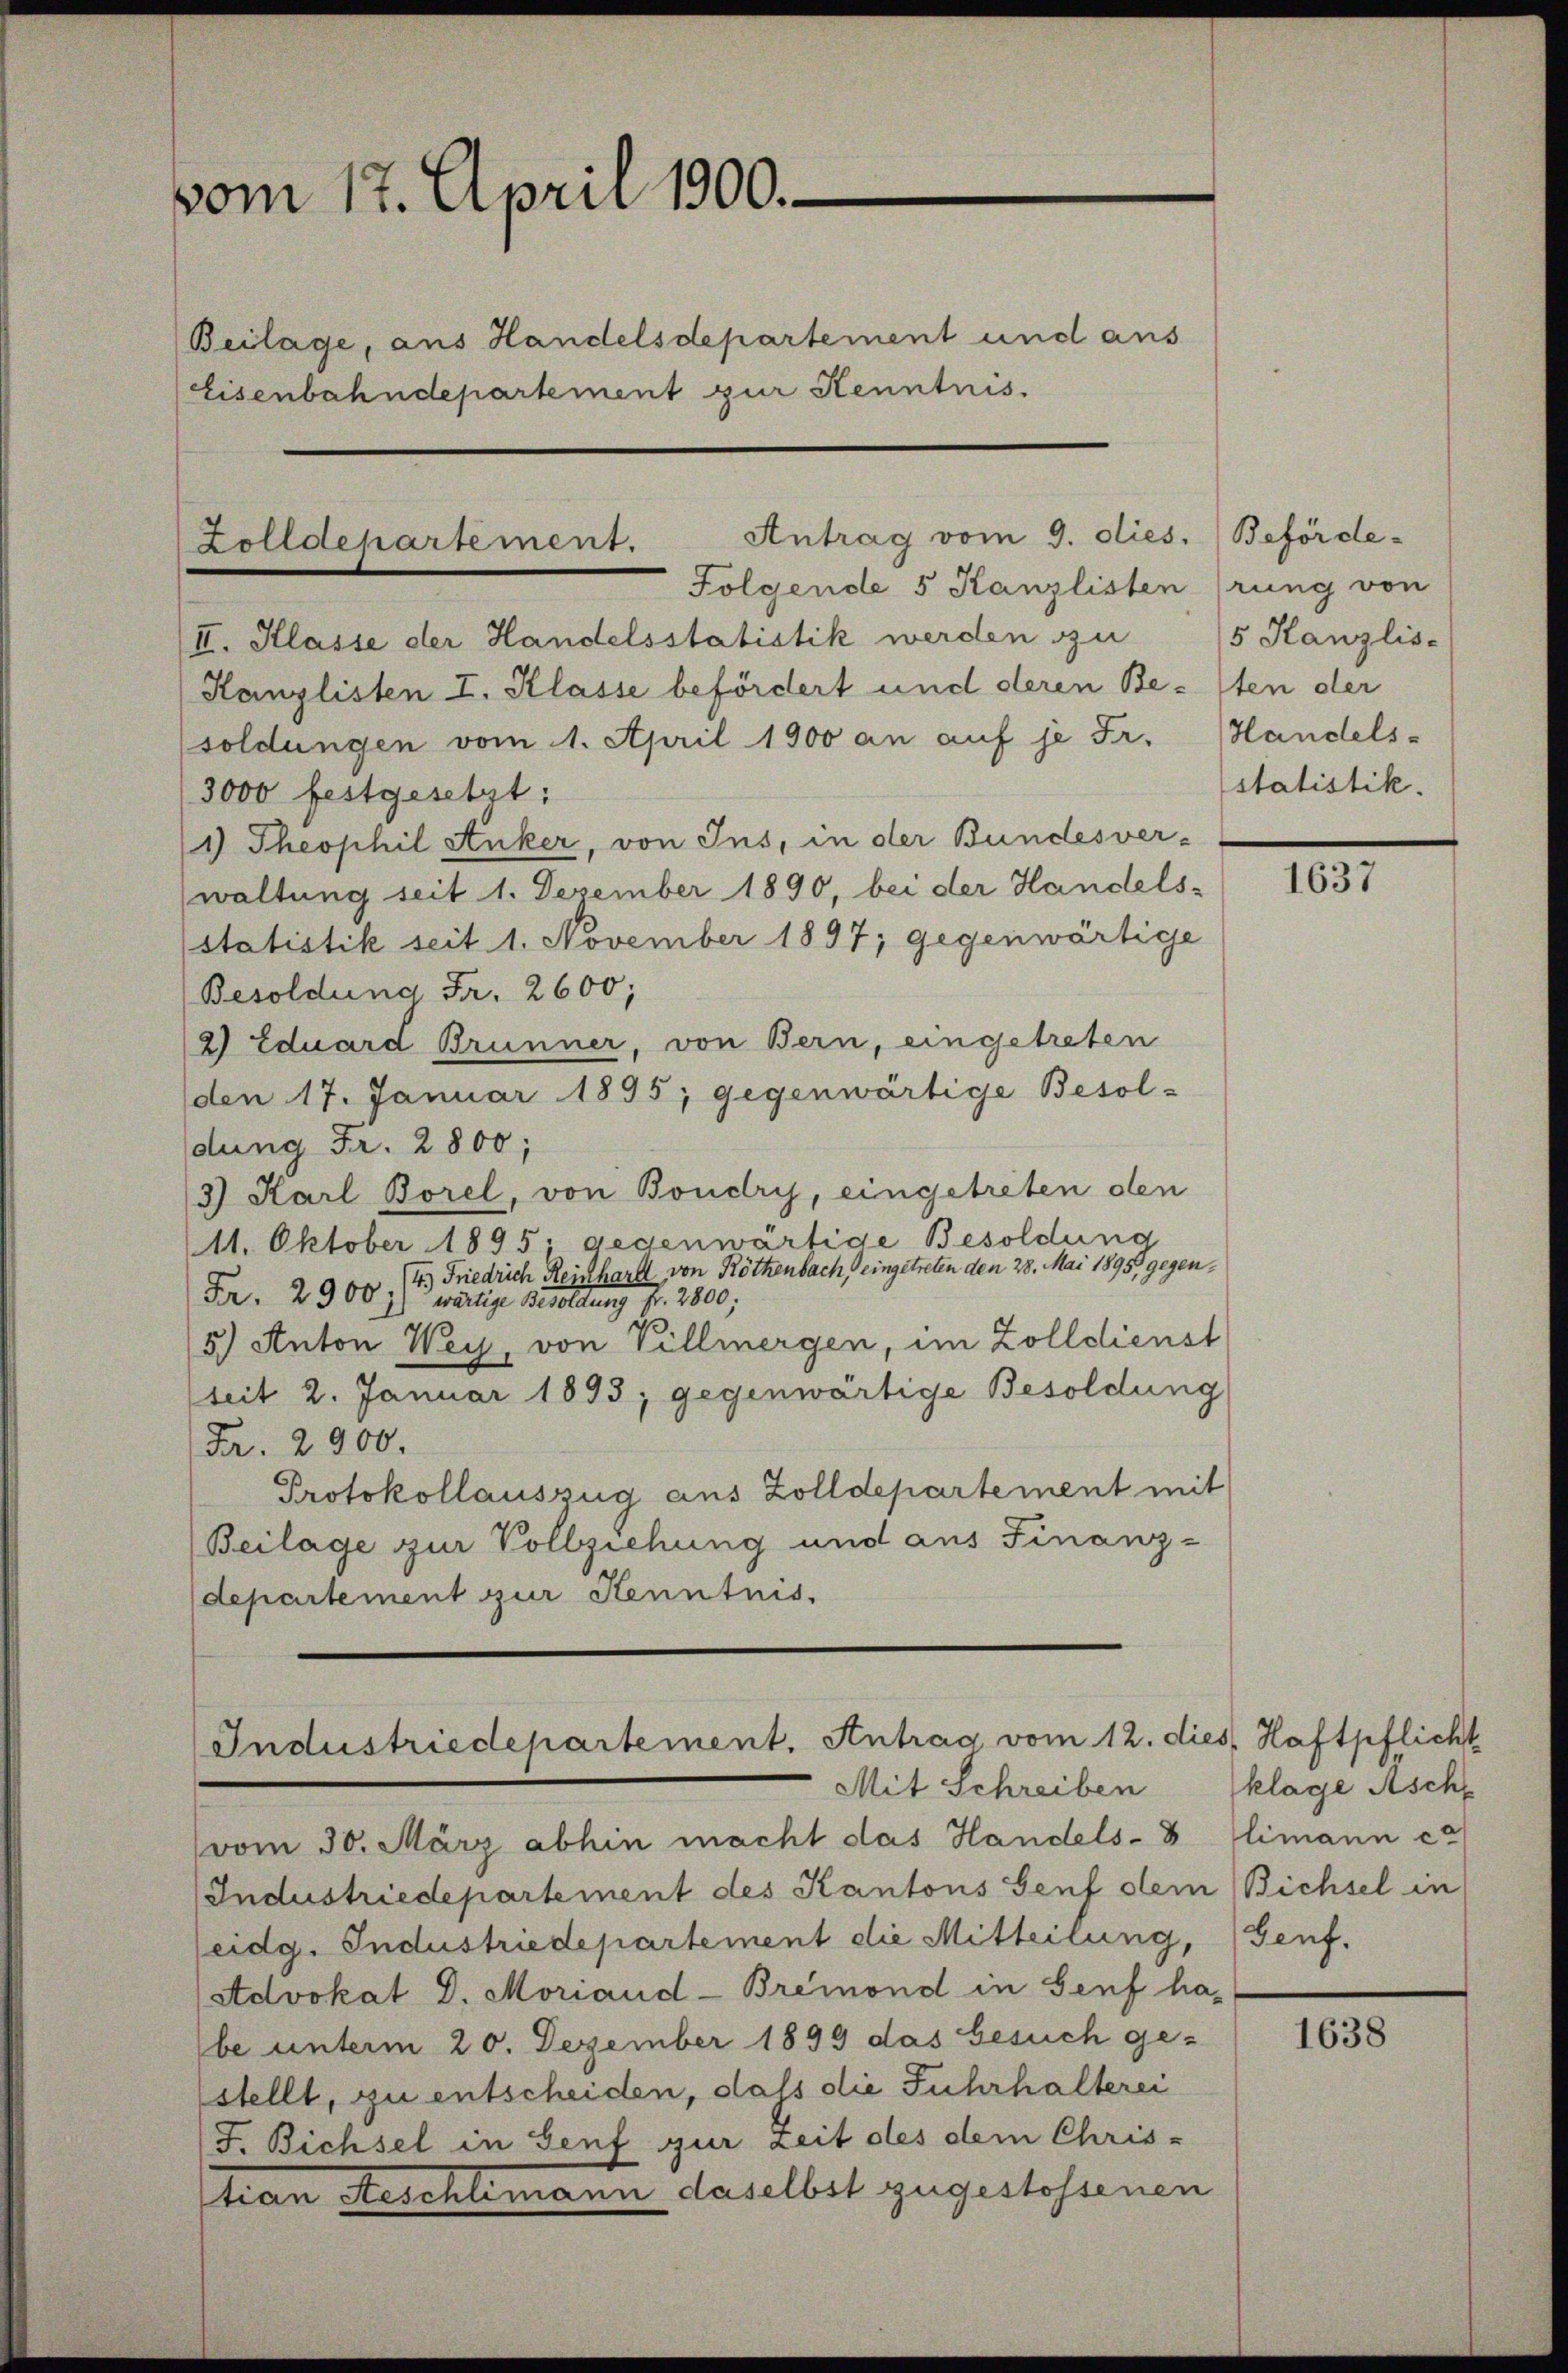
vom 17. April 1900.
Beilage, aus Handelsdepartement und aus
Eisenbahndepartement zur Kenntnis.

Antrag vom 9. dies. (Beförde-
Zolldepartement.
Folgende 5 Kanzlisten rung von

II. Klasse der Handelsstatistik werden zu 15 Kanzlis-
Kanzlisten I. Klasse befördert und deren Besten der
soldungen vom 1. April 1900 an auf je Fr. Handels-
3000 festgesetzt:
1) Theophil Anker, von Ins, in der Bundesver¬
(waltung seit 1. Dezember 1890, bei der Handels-
statistik seit 1. November 1897; gegenwärtige
Besoldung Fr. 2600;
2) Eduard Brunner, von Bern, eingetreten
(den 17. Januar 1895; gegenwärtige Besol-
dung Fr. 2800;
3) Karl Borel, von Boudry, eingetreten den
11. Oktober 1895; gegenwärtige Besoldung
4.) Friedrich Reinhard von Röthenbach, eingetreten den 28. Mai 1895, gegen¬
Fr. 2900 *) wärtige Besoldung pr. 2800.
5.) Anton Wey, von Villmergen, im Zolldienst
mit 2. Januar 1893; gegenwärtige Besoldung
Fr. 2900.
Protokollauszug aus Zolldepartement mit
Beilage zur Vollziehung und aus Finanz-
departement zur Kenntnis.

Industriedepartement. Antrag vom 12. dies Haftpflicht

Mit Schreiben
vom 30. März abhin macht das Handels-8 Climann ca
Industriedepartement des Kantons Genf dem Bichsel in
(eidg. Industriedepartement die Mitteilung,
Advokat D. Moriand-Bremond in Genf habe unterm 20. Dezember 1899 das besuch ge-
stellt, zu entscheiden, dass die Fuhrhalterei
J. Bichsel in Genf zur Zeit des dem Chris-
tian Aeschlemann daselbst zugestossenen

statistik.

1637

klage Asche
Genf.

1638